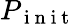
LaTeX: P_{\mathrm{~i~n~i~t~}}